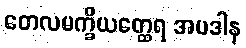
တေလမက္ခိယတ္ထေရ အပဒါန